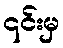
၎င်းမှ